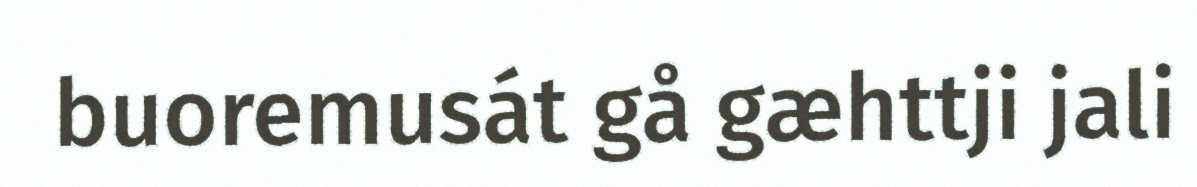
buoremusát gå gæhttji jali